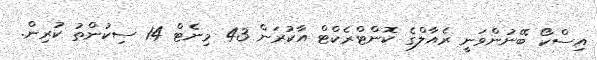
އިސްކޯ ބޭނުންވަނީ ރެއާލްގެ ކޮންޓްރެކްޓް އާކުރަން 43 މިނެޓް 14 ސިކުންތު ކުރިން.